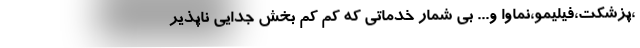
،پزشکت،فیلیمو،نماوا و... بی شمار خدماتی که کم کم بخش جدایی ناپذیر